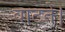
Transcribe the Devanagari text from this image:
वाटते।